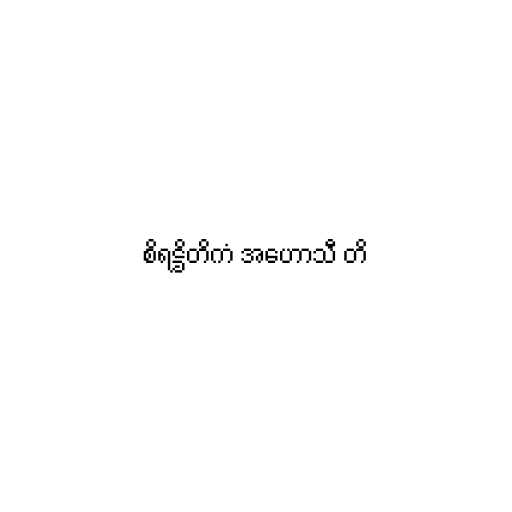
စိရဋ္ဌိတိကံ အဟောသီ တိ